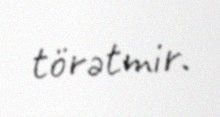
törətmir.